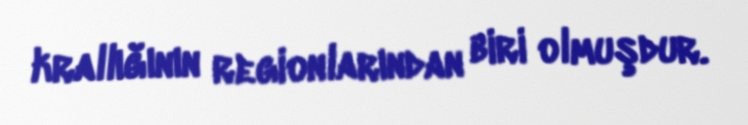
krallığının regionlarından biri olmuşdur.